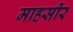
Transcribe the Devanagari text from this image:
माहसीर